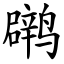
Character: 䴙